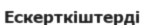
Ескерткіштерді